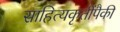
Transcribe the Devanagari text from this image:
साहित्यकृतींपैकी